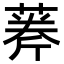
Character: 𦶘